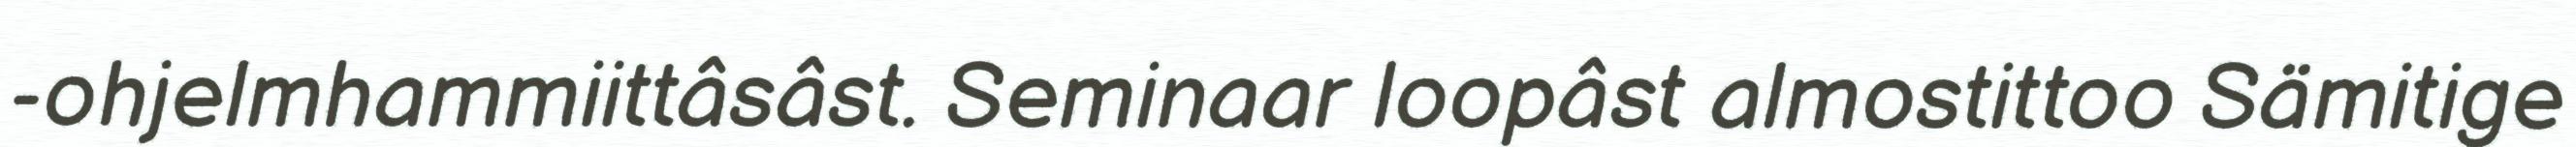
-ohjelmhammiittâsâst. Seminaar loopâst almostittoo Sämitige